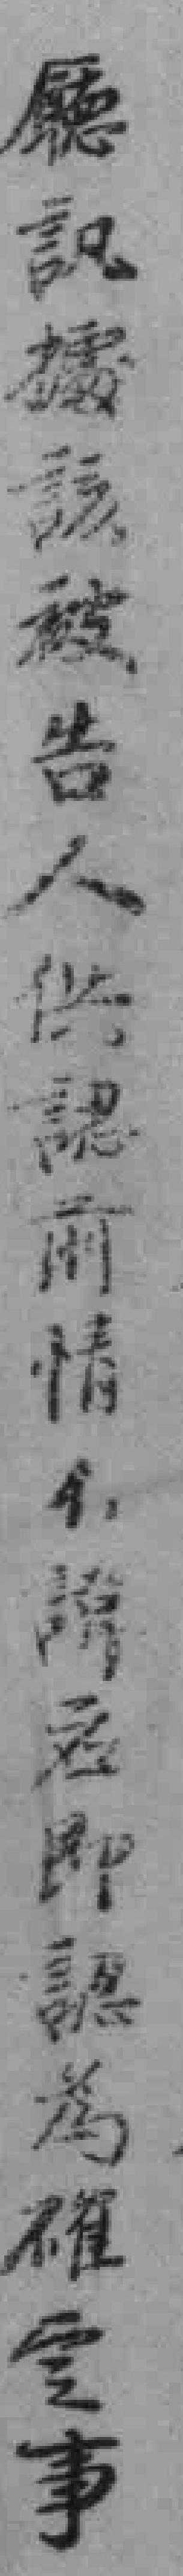
廳訊據該被告人供認前情不*应即認為確实事